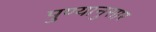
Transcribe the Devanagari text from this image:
पुण्यानुसार